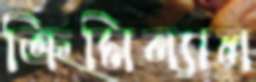
ক্রিমিন্যাল